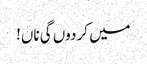
میں کر دوں گی ناں!